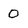
Character: 0